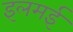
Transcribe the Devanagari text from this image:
इलमई